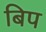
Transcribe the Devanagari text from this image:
बिप